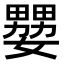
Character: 𡣠